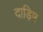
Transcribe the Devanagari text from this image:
दाड़िम